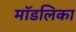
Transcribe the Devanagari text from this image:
मॉडलिका